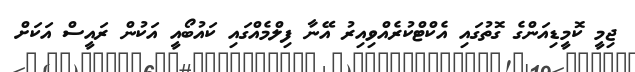
ޖިމީ ކޮމީޑިއަންގެ ގޮތުގައި އެކްޓްކުރެއްވިއިރު އޭނާ ފިލްމެއްގައި ކައުބޯއީ އަކުން ރައީސް އަކަށް